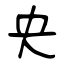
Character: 央